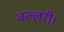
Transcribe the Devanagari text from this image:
वल्लरी।